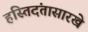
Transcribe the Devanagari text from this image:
हस्तिदंतासारखे